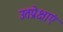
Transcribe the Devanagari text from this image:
उतप्रेक्षाएं